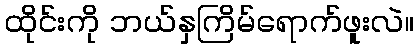
ထိုင်းကို ဘယ်နှကြိမ်ရောက်ဖူးလဲ။